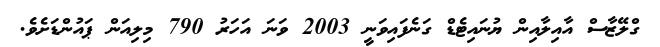
ގްލޭޒާސް އާއިލާއިން ޔުނައިޓެޑް ގަނެފައިވަނީ 2003 ވަނަ އަހަރު 790 މިލިއަން ޕައުންޑަށެވެ.